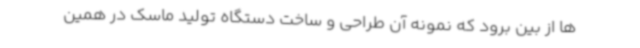
ها از بین برود که نمونه آن طراحی و ساخت دستگاه تولید ماسک در همین